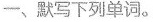
一、默写下列单词。